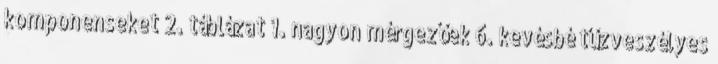
komponenseket 2. táblázat 1. nagyon mérgezőek 6. kevésbé tűzveszélyes